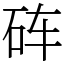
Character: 砗